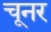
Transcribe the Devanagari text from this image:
चूनर